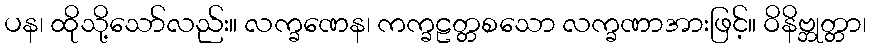
ပန၊ ထိုသို့သော်လည်း။ လက္ခဏေန၊ ကက္ခဠတ္တစသော လက္ခဏာအားဖြင့်။ ဝိနိဗ္ဘုတ္တာ၊